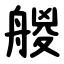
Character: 艐